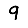
Digit: 9